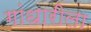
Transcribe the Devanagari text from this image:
गांधारीला